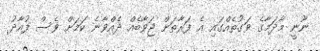
ނޫނީ މާދަމާގެ ވަގުތެއްގައި އެ ފަރާތަށް ޖަވާބެއް ދެއްވާނެ ކަމަށް ވެސް ފުއާދު